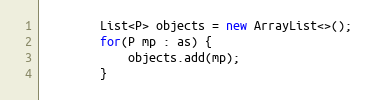
Language: Java
        List<P> objects = new ArrayList<>();
        for(P mp : as) {
            objects.add(mp);
        }